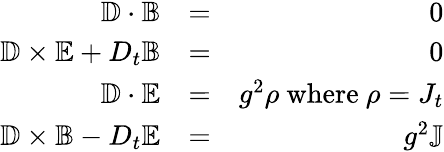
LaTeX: \begin{array}{rlr}{\mathbb{D}\cdot\mathbb{B}}&{=}&{0}\\ {\mathbb{D}\times\mathbb{E}+D_{t}\mathbb{B}}&{=}&{0}\\ {\mathbb{D}\cdot\mathbb{E}}&{=}&{g^{2}\rho\mathrm{\ where\ }\rho=J_{t}}\\ {\mathbb{D}\times\mathbb{B}-D_{t}\mathbb{E}}&{=}&{g^{2}\mathbb{J}}\end{array}